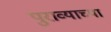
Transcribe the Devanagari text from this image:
पुराव्याच्या